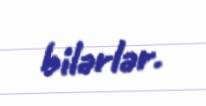
bilərlər.